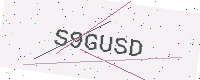
Text: S9GUSD